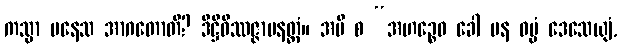
ကသ္မာ ပနေသ အာဂတောတိ? ဒိဋ္ဌိဝိဿဇ္ဇာပနတ္ထံ။ အပိ စ “အဟဉ္စေဝ ခေါ ပန ဓမ္မံ ဒေသေယျံ,